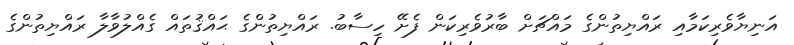
އަނިޔާވެރިކަމާއި ރައްޔިތުންގެ މައްޗަށް ބާރުވެރިކަން ފެށޭ ހިސާބު. ރައްޔިތުންގެ ޙައްޤުތައް ގެއްލުވާލާ ރައްޔިތުންގެ